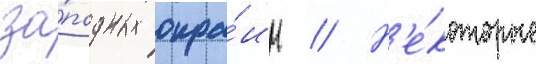
за́падных окра́ин // Н'е́которые